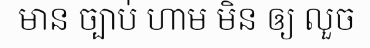
មាន ច្បាប់ ហាម មិន ឲ្យ លួច